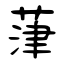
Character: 葏